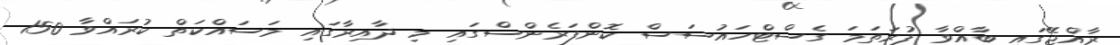
ރާއްޖޭގައި ބާއްވާ ފުރަތަމަ ގެސްޓްހައުސަސް ކޮންފަރެންސްގައި މި ދާއިރާގައި މަސައްކަތް ކުރައްވާ 150